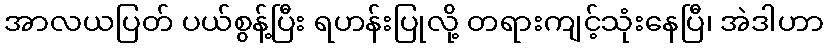
အာလယပြတ် ပယ်စွန့်ပြီး ရဟန်းပြုလို့ တရားကျင့်သုံးနေပြီ၊ အဲဒါဟာ